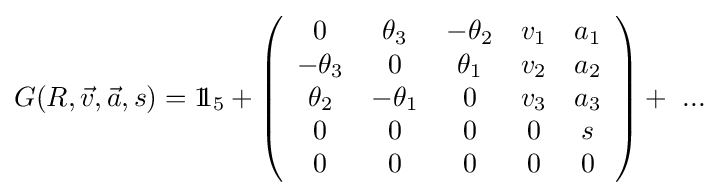
G(R,{\vec {v}},{\vec {a}},s)=1\!\!1_{5}+\left({\begin{array}{ccccc}0&\theta _{3}&-\theta _{2}&v_{1}&a_{1}\\-\theta _{3}&0&\theta _{1}&v_{2}&a_{2}\\\theta _{2}&-\theta _{1}&0&v_{3}&a_{3}\\0&0&0&0&s\\0&0&0&0&0\\\end{array}}\right)+\ ...~